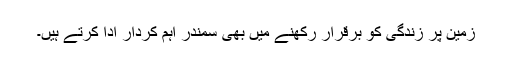
زمین پر زندگی کو برقرار رکھنے میں بھی سمندر اہم کردار ادا کرتے ہیں۔